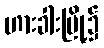
ဟားခါးမြို့၌